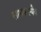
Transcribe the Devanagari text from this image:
साधकस्यैव